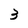
Character: 3